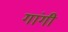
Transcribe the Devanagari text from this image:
गांगी